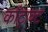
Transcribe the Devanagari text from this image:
काँट्राक्ट